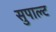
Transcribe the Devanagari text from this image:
सुपाल्ट